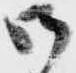
御